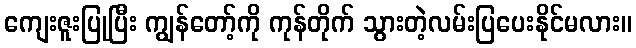
ကျေးဇူးပြုပြီး ကျွန်တော့်ကို ကုန်တိုက် သွားတဲ့လမ်းပြပေးနိုင်မလား။